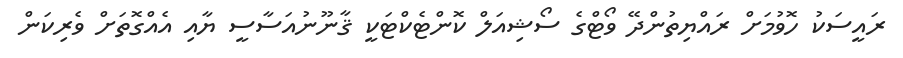
ރައީސަކު ހޮވުމަށް ރައްޔިތުންދޭ ވޯޓްގެ ސޯޝިއަލް ކޮންޓެކްޓަކީ ޤާނޫނުއަސާސީ ޔާއި އެއްގޮތަށް ވެރިކަން